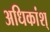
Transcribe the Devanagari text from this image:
अधिकांश्